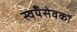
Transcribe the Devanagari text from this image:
स्वयँसेवकों